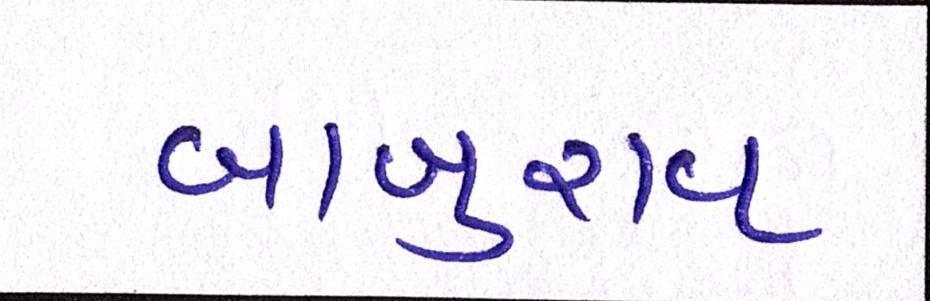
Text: બાબુરાવ